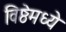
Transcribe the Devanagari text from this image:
विष्ठेमध्ये